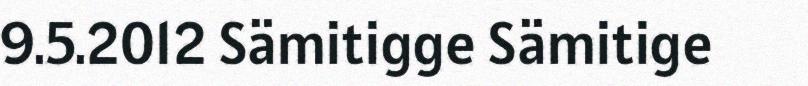
9.5.2012 Sämitigge Sämitige